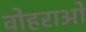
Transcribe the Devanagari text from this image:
वोहराओं